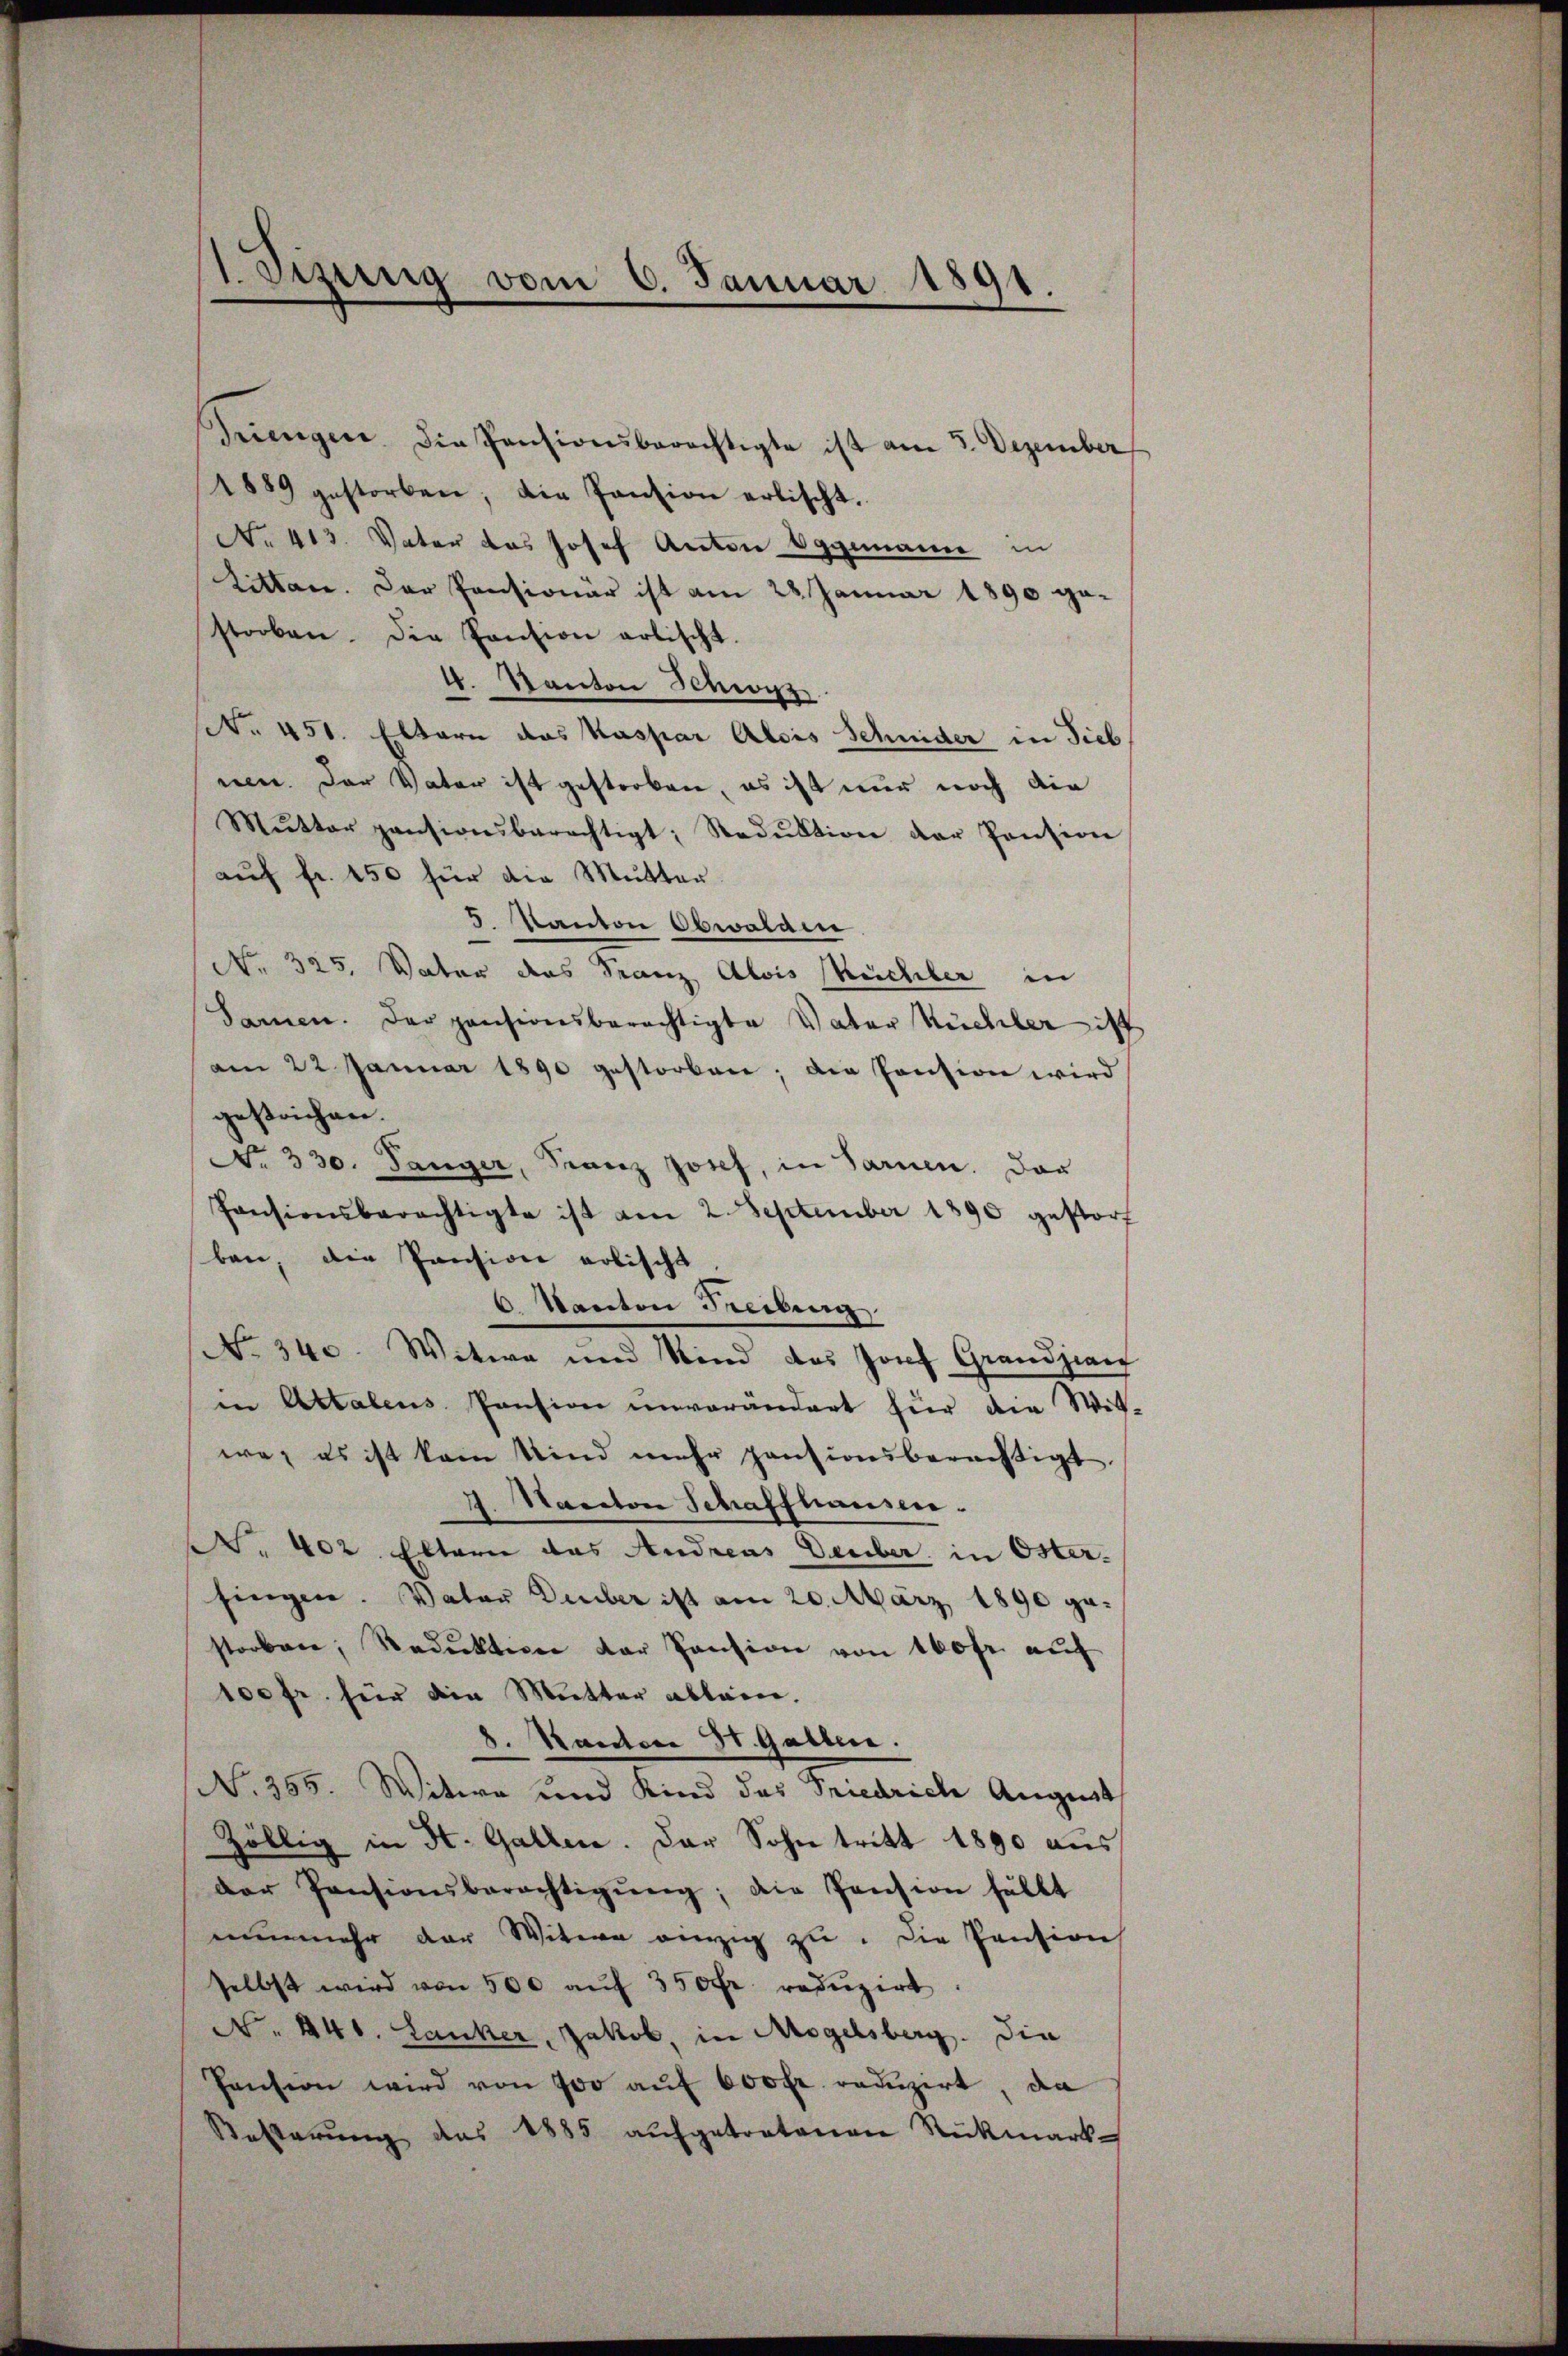
1. Vizung vom 6. Januar 1891.

Dringen. Die Pensionsberechtigte ist am 3. Dezember
1889 gestorben; die Pantion erlischt.
No 413. Vater das Josef Anton Vggemann in
Litten. Der Pensionär ist am 28. Januar 1890 gestorben. Die Pension artischt.
4. Kanton Schwyz
No. 451. Eltern das Kaspar Alois Schnider in Sieb
nen. Der Vater ist gestorben, es ist nur noch die
Mŭtter pansionsberechtigt; Sadŭktion der Pension
auf fr. 150 für die Mutter
5 Kanton Obwalden
No. 325. Vater das Franz Alois Weichler in
Samen. Der pensionsberechtigte Vater Küchler ist
am 22 Januar 1890 gestorben; die Pension wird
gestrichen.
No 330. Sänger, Franz Josef, in Sarnen. Das
Pensionsberechtigte ist am 2. September 1890 gestorf
ben, die Pansion erlischt
6 Kanton Freibung
No. 340. Witwe und Kind des Josef Grandjean
in Attalens Pension unverändert für die Wit-
we, es ist kam Kind mehr pensionsberechtigt
A. Nanton Schaffhausen.
N. 402. Eltern das Andreas Deuber in Öster-
singen. Vater Deuber ist am 20. März 1890 gestorben, Reduktion der Pension von 160fr. auf
100 fr. für die Mutter ablein.
8. Kanton St. Gallen.
N. 355. Witwe und Kind das Friedrich August
zöllig in St. Gallen. Der Sohn tritt 1890 aus
der Pensionsberechtigŭng, die Pension fällt
nunmehr der Witwe einzig zu. Die Pension
selbst wird von 500 aŭf 350fr. redŭzirt.
No. 441. Lanker, Jakob, in Mogelsberg. Die
Pension wird von 700 aŭf 600 Fr. redŭzirt, da
Kosterung des 1885 aufgetretenen Rückmark¬